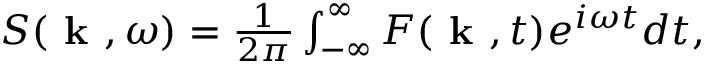
\begin{array} { r } { S ( \textbf { k } , \omega ) = \frac { 1 } { 2 \pi } \int _ { - \infty } ^ { \infty } F ( \textbf { k } , t ) e ^ { i \omega t } d t , } \end{array}